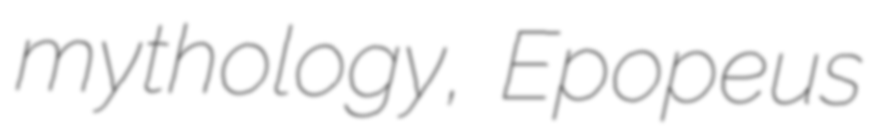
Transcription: mythology, Epopeus